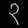
Digit: ၃